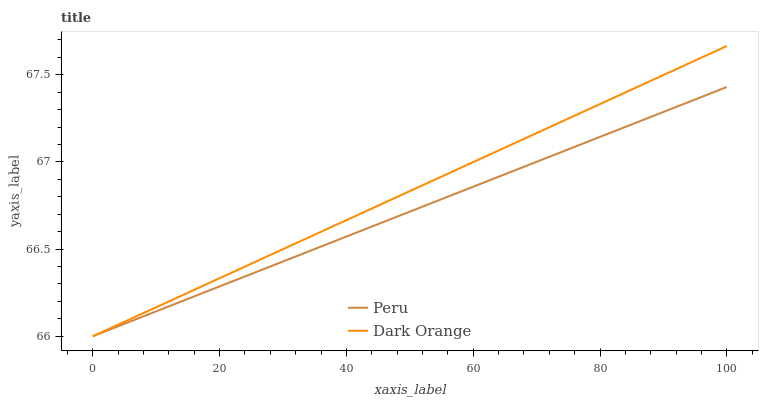
| xaxis_label | Peru | Dark Orange |
 | --- | --- | --- |
 | 0 | 66 | 66 |
 | 6.67 | 66.1 | 66.1 |
 | 13.3 | 66.2 | 66.2 |
 | 20 | 66.3 | 66.3 |
 | 26.7 | 66.4 | 66.4 |
 | 33.3 | 66.5 | 66.6 |
 | 40 | 66.6 | 66.7 |
 | 46.7 | 66.7 | 66.8 |
 | 53.3 | 66.8 | 66.9 |
 | 60 | 66.9 | 67 |
 | 66.7 | 67 | 67.1 |
 | 73.3 | 67 | 67.2 |
 | 80 | 67.1 | 67.3 |
 | 86.7 | 67.2 | 67.4 |
 | 93.3 | 67.3 | 67.6 |
 | 100 | 67.4 | 67.7 |